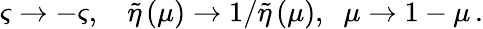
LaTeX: \varsigma\rightarrow-\varsigma,{\LARGE\ \; }\tilde{\eta}\left(\mu\right)\rightarrow 1/\tilde{\eta}\left(\mu\right),\; \; \mu\rightarrow 1-\mu\, .